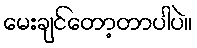
မေးချင်တော့တာပါပဲ။